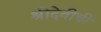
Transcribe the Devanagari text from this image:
श्रीदेवीची